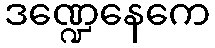
ဒဏ္ဍေနေကေ